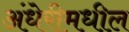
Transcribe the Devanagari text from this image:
अंधेरीमधील